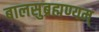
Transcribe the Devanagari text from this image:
बालसुब्रह्मण्यम्